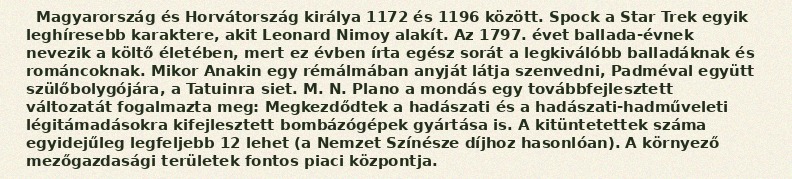
Magyarország és Horvátország királya 1172 és 1196 között. Spock a Star Trek egyik leghíresebb karaktere, akit Leonard Nimoy alakít. Az 1797. évet ballada-évnek nevezik a költő életében, mert ez évben írta egész sorát a legkiválóbb balladáknak és románcoknak. Mikor Anakin egy rémálmában anyját látja szenvedni, Padméval együtt szülőbolygójára, a Tatuinra siet. M. N. Plano a mondás egy továbbfejlesztett változatát fogalmazta meg: Megkezdődtek a hadászati és a hadászati-hadműveleti légitámadásokra kifejlesztett bombázógépek gyártása is. A kitüntetettek száma egyidejűleg legfeljebb 12 lehet (a Nemzet Színésze díjhoz hasonlóan). A környező mezőgazdasági területek fontos piaci központja.